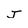
Character: J